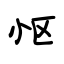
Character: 怄